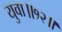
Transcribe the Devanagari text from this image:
युवा॥१२॥